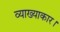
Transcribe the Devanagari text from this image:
व्याख्याकार।